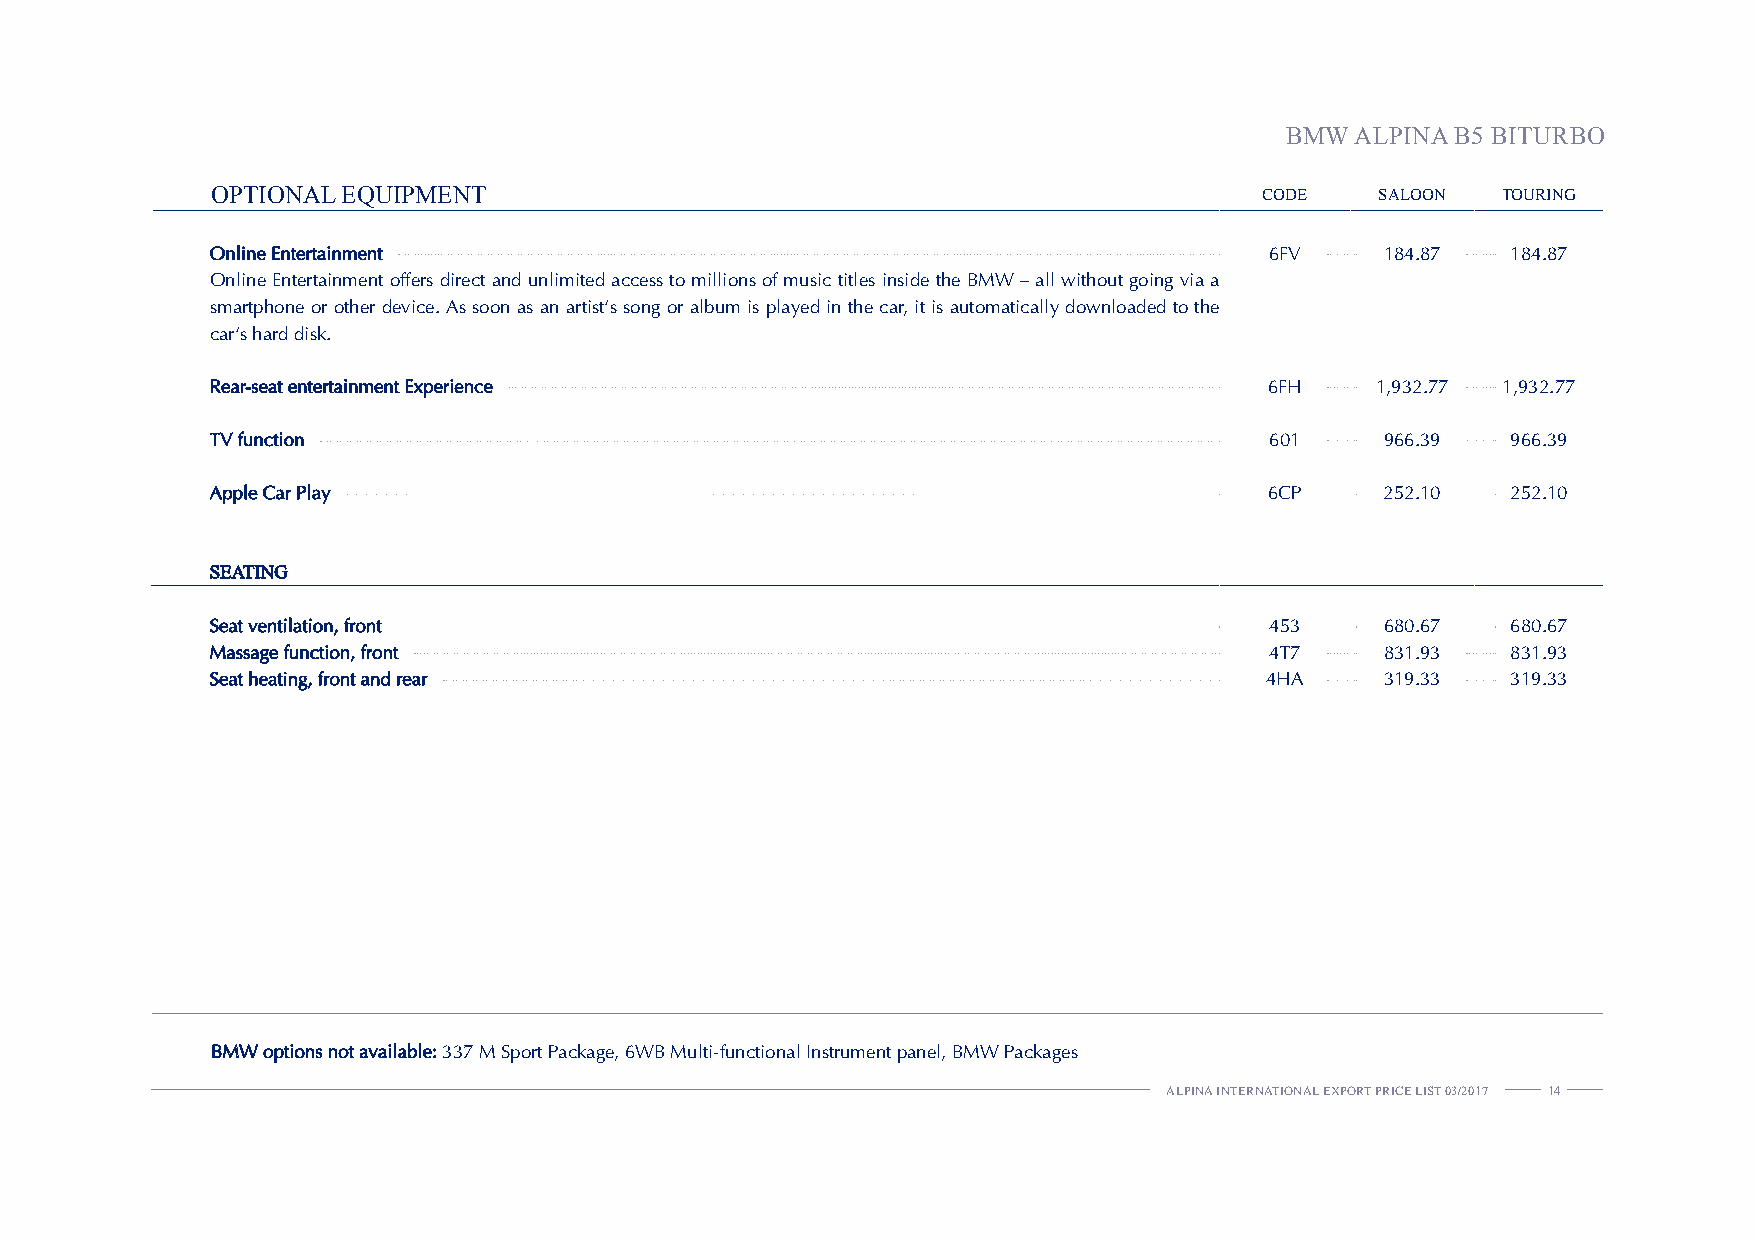
BMW  ALPINA B5 BITURBO
 OPTIONAL EQUIPMENT                                                    CODE   SALOON  TOURING
 Online Entertainment                                                  6FV     184.87  184.87
 Online Entertainment offers direct and unlimited access to millions of music titles inside the BMW – all without going via a
 smartphone or other device. As soon as an artist‘s song or album is played in the car, it is automatically downloaded to the
 car‘s hard disk.
 Rear-seat entertainment Experience                                    6FH    1,932.77 1,932.77
 TV function                                                           601     966.39  966.39
 Apple Car Play                                                        6CP     252.10  252.10
 SEATING
 Seat ventilation, front                                               453     680.67  680.67
 Massage function, front                                               4T7     831.93  831.93
 Seat heating, front and rear                                          4HA     319.33  319.33
 BMW options not available: 337 M Sport Package, 6WB Multi-functional Instrument panel, BMW Packages
 ALPINA INTERNATIONAL EXPORT PRICE LIST 03/2017 14